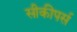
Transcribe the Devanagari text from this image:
सीकीपर्स